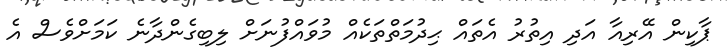
ޕާކިން އޭރިއާ އަދި އިތުރު އެތައް ޙިދުމަތްތަކެއް މުވައްފުނަށް ލިބިގެންދާނެ ކަމަށްވެސް އެ